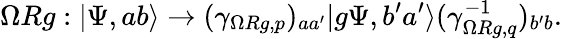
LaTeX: \Omega Rg:|\Psi,ab\rangle\to(\gamma_{\Omega Rg,p})_{aa^{\prime}}|g\Psi,b^{\prime}a^{\prime}\rangle(\gamma_{\Omega Rg,q}^{-1})_{b^{\prime}b}.